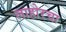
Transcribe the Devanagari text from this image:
लाहोरचा